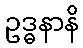
ဥဒ္ဓနာနိ